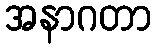
အနာဂတာ